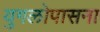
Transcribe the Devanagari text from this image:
युगलोपासना